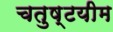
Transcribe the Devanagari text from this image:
चतुष्टयीम